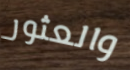
والعثور